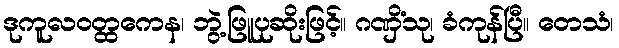
ဒုကူလဝတ္ထကေန၊ ဘွဲ့ဖြူပုဆိုးဖြင့်။ ဂဏှိံသု၊ ခံကုန်ပြီ။ တေသံ၊